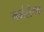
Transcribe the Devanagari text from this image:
गर्भरोधक